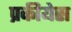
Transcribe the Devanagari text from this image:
प्रकीयेस